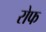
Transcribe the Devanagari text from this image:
रोफ